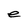
Character: e